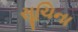
સૂચિના